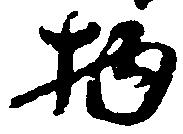
物